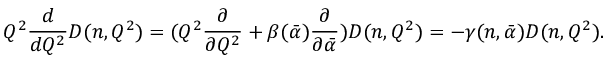
Q ^ { 2 } \frac { d } { d Q ^ { 2 } } D ( n , Q ^ { 2 } ) = ( Q ^ { 2 } \frac { \partial } { \partial Q ^ { 2 } } + \beta ( \bar { \alpha } ) \frac { \partial } { \partial \bar { \alpha } } ) D ( n , Q ^ { 2 } ) = - \gamma ( n , \bar { \alpha } ) D ( n , Q ^ { 2 } ) .